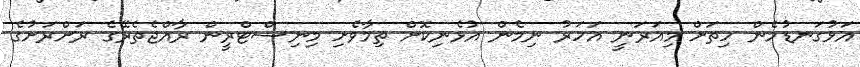
އަޅުގަނޑުމެން ހިތަށް މިއަރަނީ އަހަރު ނިމެން އުޅެނިކޮށް ތިމާވެށި މިނިސްޓްރީން ރާއްޖެތެރޭގެ ރަށްރަށުގެ